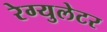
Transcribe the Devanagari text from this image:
रेग्युलेटर